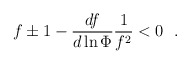
\begin{align*}{ f\pm1-{df\over d\ln \Phi }{1\over f^2}<0 \ \ .} \end{align*}